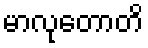
မာလုတောတိ